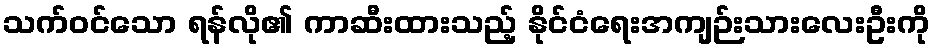
သက်ဝင်သော ရန်လို၏ ကာဆီးထားသည့် နိုင်ငံရေးအကျဉ်းသားလေးဦးကို